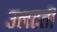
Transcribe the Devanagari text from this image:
उलटती